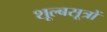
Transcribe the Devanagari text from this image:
शूल्बसूत्रों